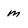
Character: m